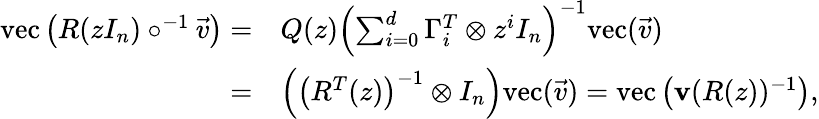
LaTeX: \begin{array}{rl}{\mathrm{vec}\left(R(zI_{n})\circ^{-1}\vec{v}\right)=}&{Q(z)\left(\sum_{i=0}^{d}\Gamma_{i}^{T}\otimes z^{i}I_{n}\right)^{-1}\mathrm{vec}(\vec{v})}\\ {=}&{\left(\left(R^{T}(z)\right)^{-1}\otimes I_{n}\right)\mathrm{vec}(\vec{v})=\mathrm{vec}\left(\mathbf{v}(R(z))^{-1}\right),}\end{array}